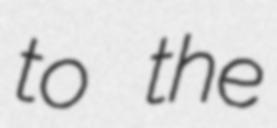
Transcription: to the